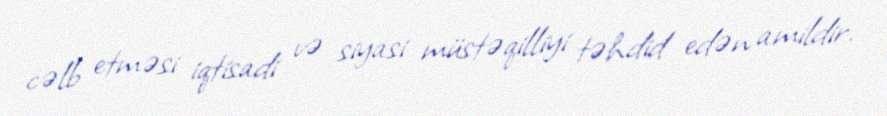
cəlb etməsi iqtisadi və siyasi müstəqilliyi təhdid edən amildir.